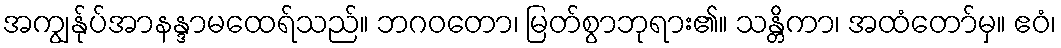
အကျွန်ုပ်အာနန္ဒာမထေရ်သည်။ ဘဂဝတော၊ မြတ်စွာဘုရား၏။ သန္တိကာ၊ အထံတော်မှ။ ဧဝံ၊